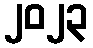
၂၀၂၃